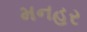
મનહર